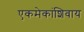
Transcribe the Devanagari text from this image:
एकमेकांशिवाय